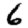
Digit: 6